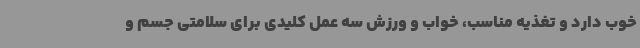
خوب دارد و تغذیه مناسب، خواب و ورزش سه عمل کلیدی برای سلامتی جسم و